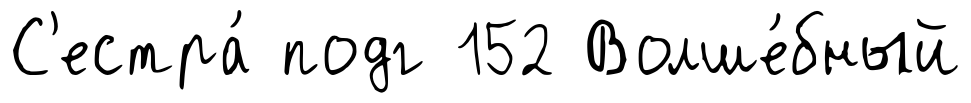
С'естра́ подг 152 Волше́бный